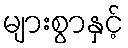
များစွာနှင့်